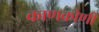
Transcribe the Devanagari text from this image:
काणकोणी